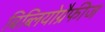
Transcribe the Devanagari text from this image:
बिब्लियोग्रैफीज